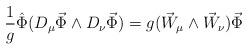
LaTeX: \begin{align*}\frac{1}{g}\hat\Phi(D_\mu\vec\Phi\wedge D_\nu\vec\Phi) = g(\vec W_\mu\wedge \vec W_\nu)\vec\Phi\end{align*}